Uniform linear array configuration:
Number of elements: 4
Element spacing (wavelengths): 0.5
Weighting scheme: binomial
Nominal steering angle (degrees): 60
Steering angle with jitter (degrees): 60.155
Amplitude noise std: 0.05
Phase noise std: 0.05

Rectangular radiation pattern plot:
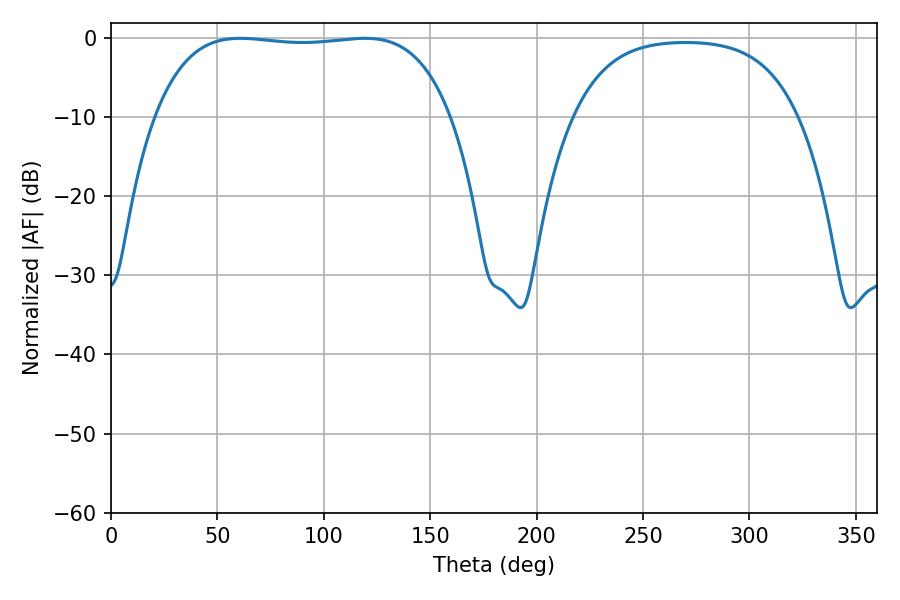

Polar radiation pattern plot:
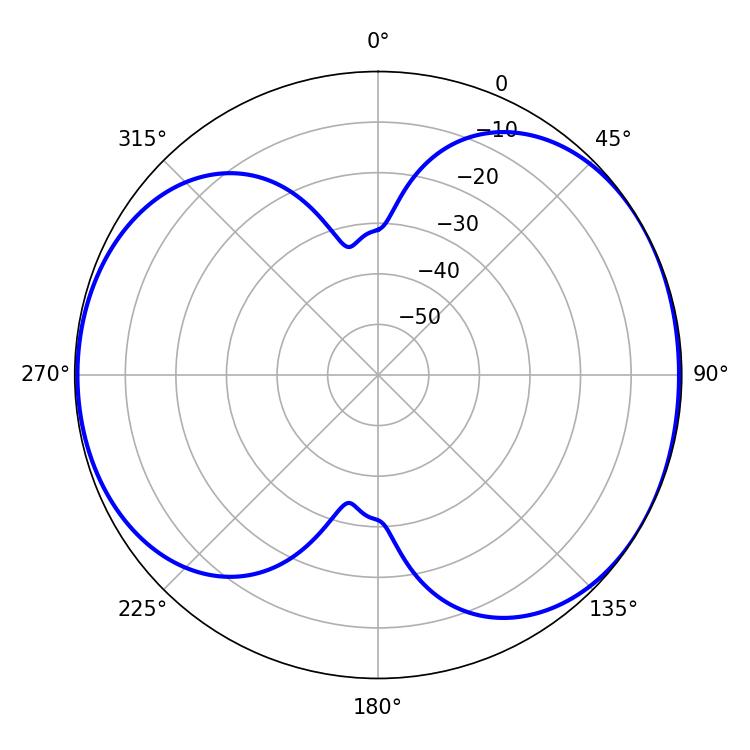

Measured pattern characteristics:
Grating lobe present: FALSE
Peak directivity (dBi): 5.7
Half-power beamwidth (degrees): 110.16
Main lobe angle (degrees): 60.66